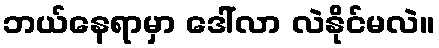
ဘယ်နေရာမှာ ဒေါ်လာ လဲနိုင်မလဲ။